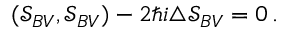
( \mathcal { S } _ { B V } , \mathcal { S } _ { B V } ) - 2 \hbar i \triangle \mathcal { S } _ { B V } = 0 \, .